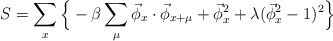
\begin{align*}S= \sum_{x}\Big\{-\beta \sum_{\mu}\vec\phi_x\cdot\vec\phi_{x+\mu} + \vec\phi_x^2 + \lambda(\vec\phi_x^2 -1)^2\Big\} \end{align*}